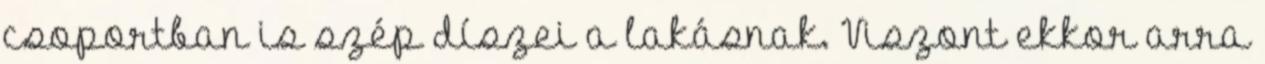
csoportban is szép díszei a lakásnak. Viszont ekkor arra